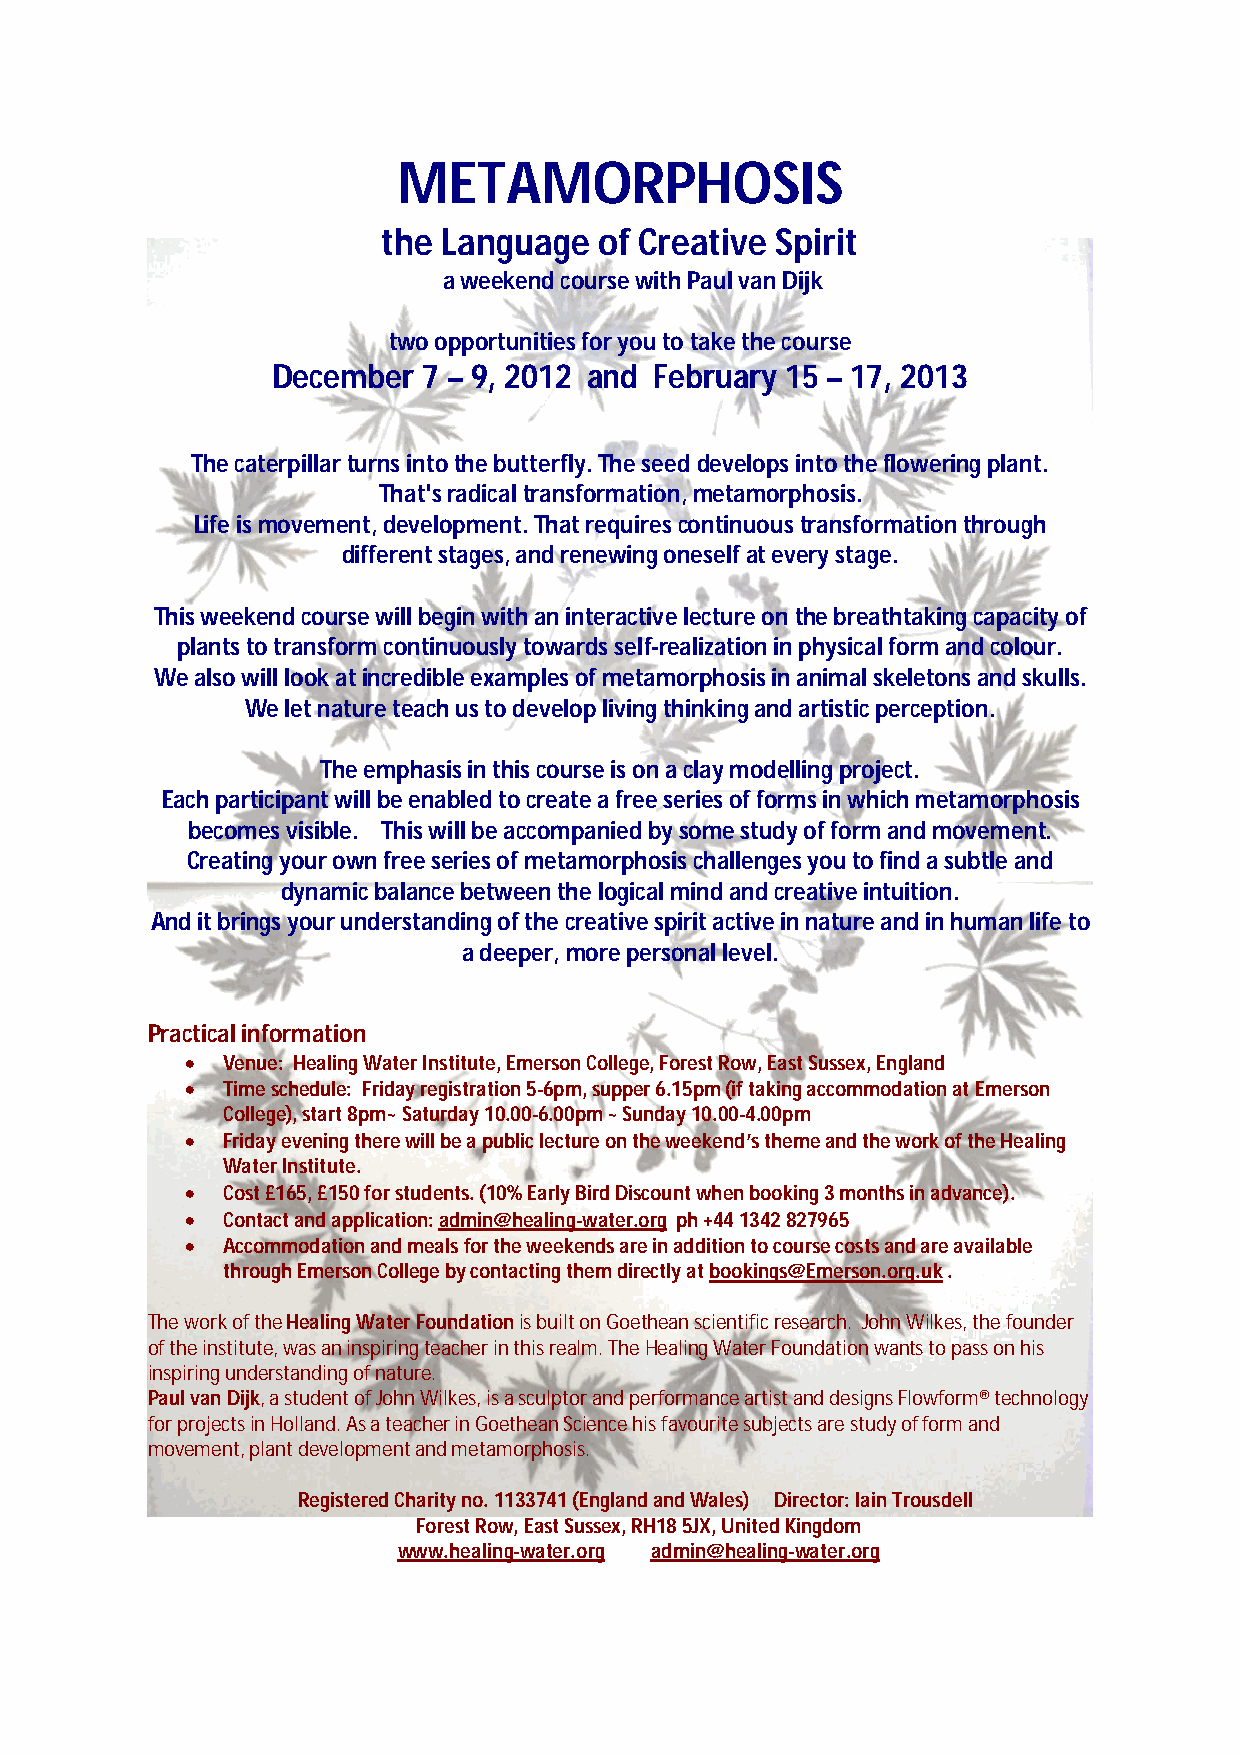
METAMORPHOSIS
 the Language   of Creative Spirit
 a weekend course with Paul van Dijk
 two opportunities for you to take the course
 December  7 – 9, 2012 and February 15 – 17, 2013
 The caterpillar turns into the butterfly. The seed develops into the flowering plant.
 That's radical transformation, metamorphosis.
 Life is movement, development. That requires continuous transformation through
 different stages, and renewing oneself at every stage.
 This weekend course will begin with an interactive lecture on the breathtaking capacity of
 plants to transform continuously towards self-realization in physical form and colour.
 We also will look at incredible examples of metamorphosis in animal skeletons and skulls.
 We let nature teach us to develop living thinking and artistic perception.
 The emphasis in this course is on a clay modelling project.
 Each participant will be enabled to create a free series of forms in which metamorphosis
 becomes visible. This will be accompanied by some study of form and movement.
 Creating your own free series of metamorphosis challenges you to find a subtle and
 dynamic balance between the logical mind and creative intuition.
 And it brings your understanding of the creative spirit active in nature and in human life to
 a deeper, more personal level.
 Practical information
   Venue: Healing Water Institute, Emerson College, Forest Row, East Sussex, England
   Time schedule: Friday registration 5-6pm, supper 6.15pm (if taking accommodation at Emerson
 College), start 8pm~ Saturday 10.00-6.00pm ~ Sunday 10.00-4.00pm
   Friday evening there will be a public lecture on the weekend’s theme and the work of the Healing
 Water Institute.
   Cost £165, £150 for students. (10% Early Bird Discount when booking 3 months in advance).
   Contact and application: admin@healing-water.org ph +44 1342 827965
   Accommodation and meals for the weekends are in addition to course costs and are available
 through Emerson College by contacting them directly at bookings@Emerson.org.uk .
 The work of the Healing Water Foundation is built on Goethean scientific research. John Wilkes, the founder
 of the institute, was an inspiring teacher in this realm. The Healing Water Foundation wants to pass on his
 inspiring understanding of nature.
 Paul van Dijk, a student of John Wilkes, is a sculptor and performance artist and designs Flowform® technology
 for projects in Holland. As a teacher in Goethean Science his favourite subjects are study of form and
 movement, plant development and metamorphosis.
 Registered Charity no. 1133741 (England and Wales) Director: Iain Trousdell
 Forest Row, East Sussex, RH18 5JX, United Kingdom
 www.healing-water.org admin@healing-water.org